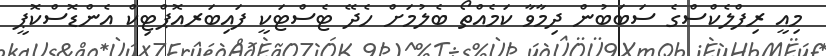
މިއީ ރިފްލެކްސްގެ ސަަބަބުން ދިމާވާ ކަމެއްތޯ ބެލުމަށް ހެދޭ ޓެސްޓަކީ ފައިބަރއޮޕްޓިކް އެންޑޮސްކޮޕީ